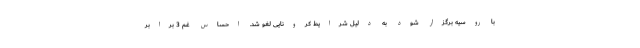
با روسیه برگزار شود به دلیل شرایط کرونایی لغو شد. احساس غم 3 برابر